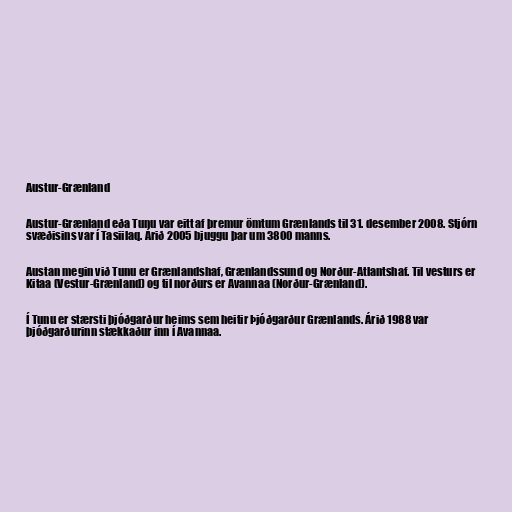
Austur-Grænland

Austur-Grænland eða Tunu var eitt af þremur ömtum Grænlands til 31. desember 2008. Stjórn
svæðisins var í Tasiilaq. Árið 2005 bjuggu þar um 3800 manns.

Austan megin við Tunu er Grænlandshaf, Grænlandssund og Norður-Atlantshaf. Til vesturs er
Kitaa (Vestur-Grænland) og til norðurs er Avannaa (Norður-Grænland).

Í Tunu er stærsti þjóðgarður heims sem heitir Þjóðgarður Grænlands. Árið 1988 var
þjóðgarðurinn stækkaður inn í Avannaa.